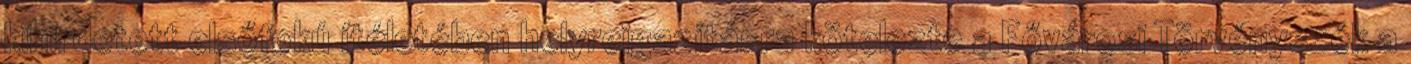
kihirdetett elsőfokú ítéletében helyreigazításra kötelezte a Fővárosi Törvényszék a